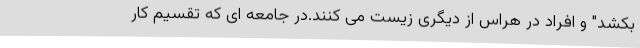
بکشد" و افراد در هراس از دیگری زیست می کنند.در جامعه ای که تقسیم کار